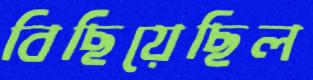
বিছিয়েছিল